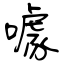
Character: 噱